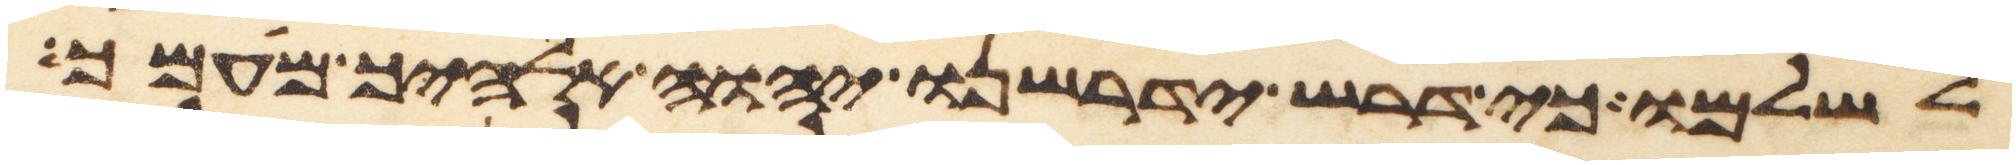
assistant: לשלמו כי דרש ידרשנו יהוה אלהיך מעמך